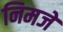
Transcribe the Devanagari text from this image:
निमजे